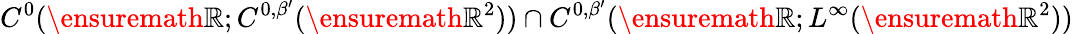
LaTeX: C^{0}(\ensuremath{\mathbb{R}};C^{0,\beta^{\prime}}(\ensuremath{\mathbb{R}}^{2}))\cap C^{0,\beta^{\prime}}(\ensuremath{\mathbb{R}};L^{\infty}(\ensuremath{\mathbb{R}}^{2}))